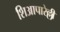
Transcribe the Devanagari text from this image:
शिआपारेल्ली